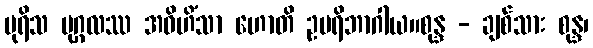
ပုရိသ ပုဂ္ဂလဿ အဝိဟိံသာ ဟောတိ ဥပရိဘာဂါယ။စုန္ဒ - ချစ်သား စုန္ဒ၊